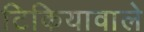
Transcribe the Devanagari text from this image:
टिकियावाले